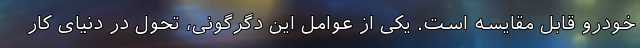
خودرو قابل مقایسه است. یکی از عوامل این دگرگونی، تحول در دنیای کار